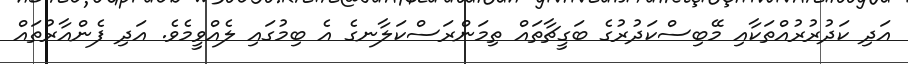
އަދި ކަދުރުރުއްތަކާއި މޭބިސްކަދުރުގެ ބަގީޗާތައް ތިމަންރަސްކަލާނގެ އެ ބިމުގައި ލެއްވީމެވެ. އަދި ފެންއާރުތައް